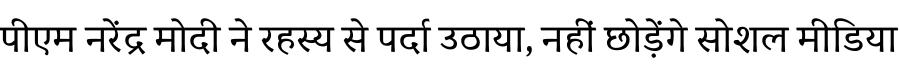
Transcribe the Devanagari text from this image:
पीएम नरेंद्र मोदी ने रहस्य से पर्दा उठाया, नहीं छोड़ेंगे सोशल मीडिया